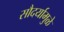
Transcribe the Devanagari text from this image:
सौदर्यामुळे